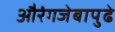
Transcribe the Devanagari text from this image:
औरंगजेबापुढे